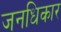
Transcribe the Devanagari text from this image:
जनधिकार